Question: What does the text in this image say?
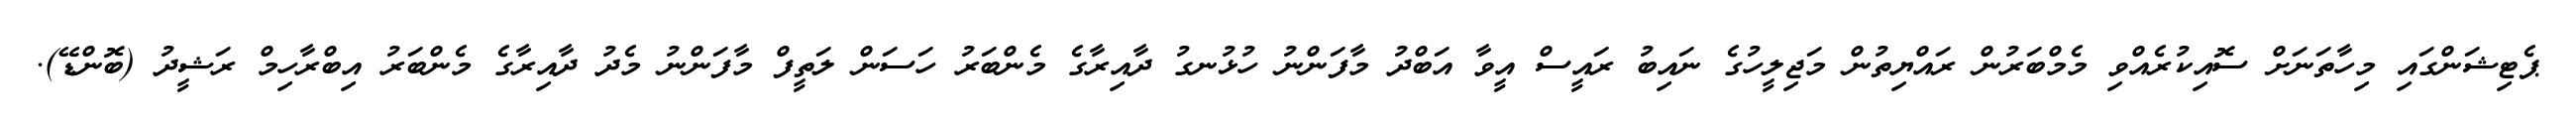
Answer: ޕެޓިޝަންގައި މިހާތަނަށް ސޮއިކުރެއްވި މެމްބަރުން ރައްޔިތުން މަޖިލީހުގެ ނައިބު ރައީސް އީވާ އަބްދު މާފަންނު ހުޅުނގު ދާއިރާގެ މެންބަރު ހަސަން ލަތީފް މާފަންނު މެދު ދާއިރާގެ މެންބަރު އިބްރާހިމް ރަޝީދު (ބޮންޑޭ).